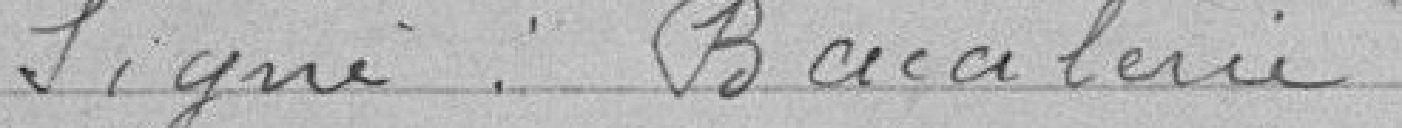
Signé : Bacalerie